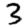
Digit: 3